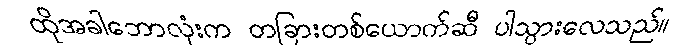
ထိုအခါဘောလုံးက တခြားတစ်ယောက်ဆီ ပါသွားလေသည်။